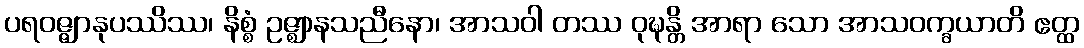
ပရဝဇ္ဇျာနုပဿိဿ၊ နိစ္စံ ဥဇ္ဈာနသညီနော၊ အာသဝါ တဿ ဝုဍ္ဎန္တိ အာရာ သော အာသဝက္ခယာတိ ဧတ္ထ